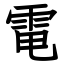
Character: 電